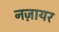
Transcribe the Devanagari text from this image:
नज़ायर